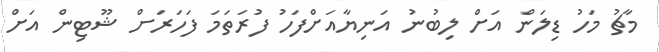
މާޗު މަހު ޑިލަން އަށް ލިބުނު އަނިޔާއަށްފަހު ފުރަތަމަ ފަހަރަށް ޝޫޓިން އަށް